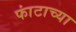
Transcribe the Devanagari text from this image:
फांटाच्या